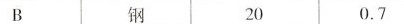
B 钢 20 0.7